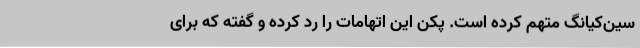
سین‌کیانگ متهم کرده است. پکن این اتهامات را رد کرده و گفته که برای